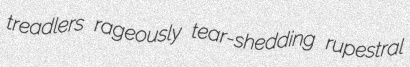
treadlers rageously tear-shedding rupestral